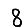
Digit: 8